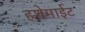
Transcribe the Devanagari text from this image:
हशेमाईट